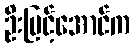
ဦးမြင့်အောင်က